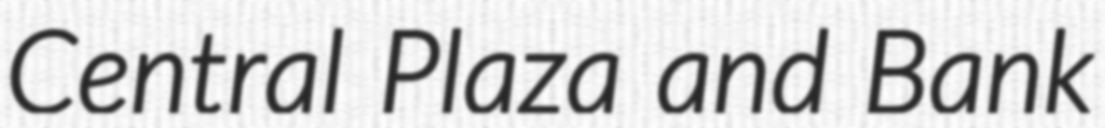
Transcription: Central Plaza and Bank